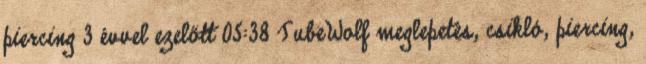
piercing 3 évvel ezelőtt 05:38 TubeWolf meglepetés, csikló, piercing,